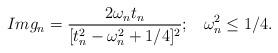
LaTeX: \begin{align*}Img_n=\frac{2\omega_nt_n}{[t^2_n-\omega^2_n+1/4]^2};\;\;\;\omega^2_n\leq1/4.\end{align*}